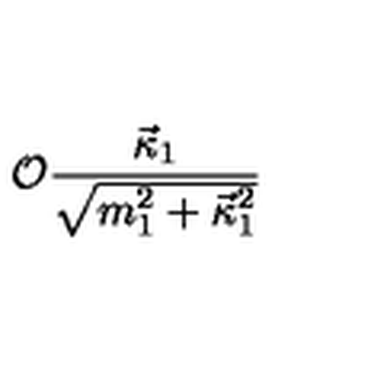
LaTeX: { \cal O } { \frac { \vec { \kappa } _ { 1 } } { \sqrt { m _ { 1 } ^ { 2 } + { \vec { \kappa } _ { 1 } } ^ { 2 } } } }